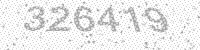
Solution: 326419